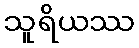
သူရိယဿ